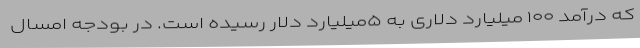
که درآمد ۱۰۰ میلیارد دلاری به ۵میلیارد دلار رسیده است. در بودجه امسال